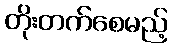
တိုးတက်စေမည့်